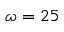
\omega = 2 5